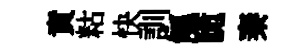
賁䊀快訓觚脆秦